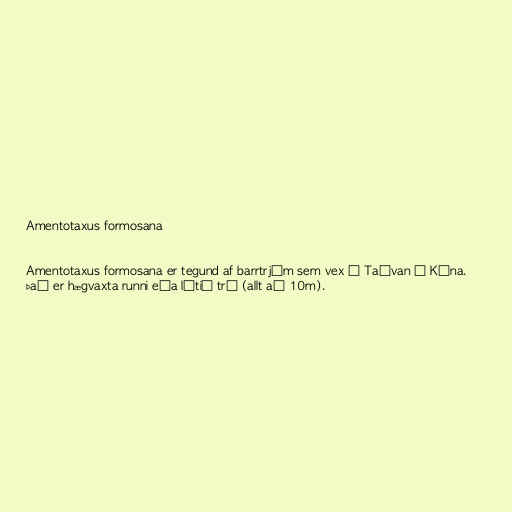
Amentotaxus formosana

Amentotaxus formosana er tegund af barrtrjám sem vex í Taívan í Kína.
Það er hægvaxta runni eða lítið tré (allt að 10m).